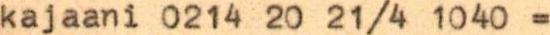
kajaani 0214 20 21/4 1040 =